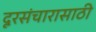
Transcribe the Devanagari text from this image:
दूरसंचारासाठी